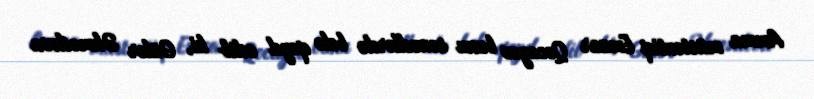
Amma müstəntiq Emzar Qocayev bunu sənədlərdə belə qeyd edib ki, Gülər Əhmədova